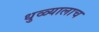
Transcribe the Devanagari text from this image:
धुळ्यालाच